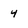
Character: 4